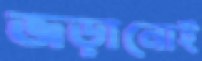
জড়ানোই